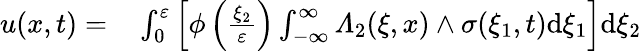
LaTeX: \begin{array}{rl}{u(x,t)=}&{{}\int_{0}^{\varepsilon}\left[\phi\left(\frac{\xi_{2}}{\varepsilon}\right)\int_{-\infty}^{\infty}\varLambda_{2}(\xi,x)\wedge\sigma(\xi_{1},t)\mathrm{d}\xi_{1}\right]\mathrm{d}\xi_{2}}\end{array}